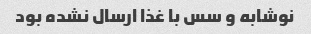
نوشابه و سس با غذا ارسال نشده بود